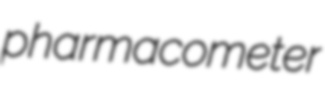
pharmacometer